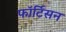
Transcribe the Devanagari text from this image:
फॉर्टिसन